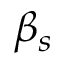
\beta _ { s }